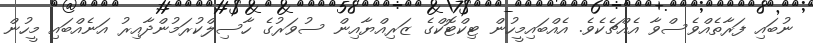
ނުބައި ފަރާތެއްވެސްވާ އެއްޗެކެވެ. އެއްބައިމީހުން ޓިކްޓޮކްގެ ޒަރިއްޔާއިން ސުވަރުގެ ހާސިލްކުރަމުންދާއިރު އަނެއްބައި މީހުން